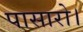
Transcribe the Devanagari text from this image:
पासारो।